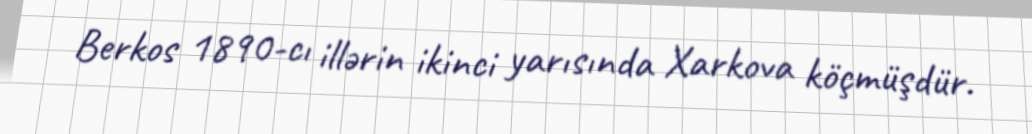
Berkos 1890-cı illərin ikinci yarısında Xarkova köçmüşdür.